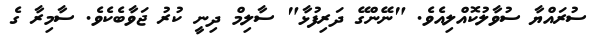
ސުރައްޔާ ސުވާލުކޮއްލިއެވެ. "ނޭންގޭ ދަރިފުޅާ" ސާލިމް ދިނީ ކުރު ޖަވާބެކެވެ. ސާމިރާ ގެ